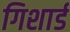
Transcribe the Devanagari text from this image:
गिशार्ड